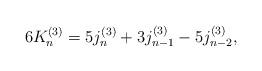
LaTeX: \begin{align*}6K_{n}^{(3)}=5j_{n}^{(3)}+3j_{n-1}^{(3)}-5j_{n-2}^{(3)},\end{align*}